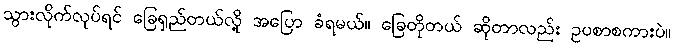
သွားလိုက်လုပ်ရင် ခြေရှည်တယ်လို့ အပြော ခံရမယ်။ ခြေတိုတယ် ဆိုတာလည်း ဥပစာစကားပဲ။